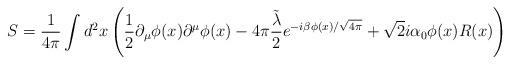
LaTeX: \begin{align*} S=\frac{1}{4\pi}\int d^2x \left(\frac{1}{2}\partial_\mu \phi(x)\partial^\mu \phi(x)-4\pi \frac{\tilde{\lambda}}{2} e^{-i\beta \phi(x)/\sqrt{4\pi}}+\sqrt{2}i \alpha_0 \phi (x)R(x)\right)\end{align*}